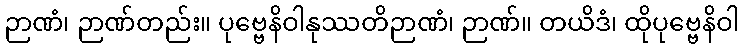
ဉာဏံ၊ ဉာဏ်တည်း။ ပုဗ္ဗေနိဝါနုဿတိဉာဏံ၊ ဉာဏ်။ တယိဒံ၊ ထိုပုဗ္ဗေနိဝါ